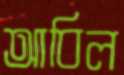
আবিল